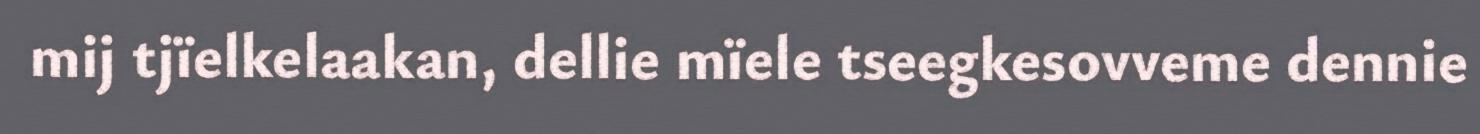
mij tjïelkelaakan, dellie mïele tseegkesovveme dennie